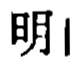
明|